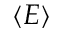
\left\langle E \right\rangle